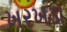
ખરખડા